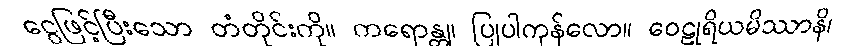
ငွေဖြင့်ပြီးသော တံတိုင်းကို။ ကရောန္တု၊ ပြုပါကုန်လော။ ဝေဠုရိယမိဿာနိ၊